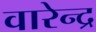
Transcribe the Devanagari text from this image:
वारेन्द्र